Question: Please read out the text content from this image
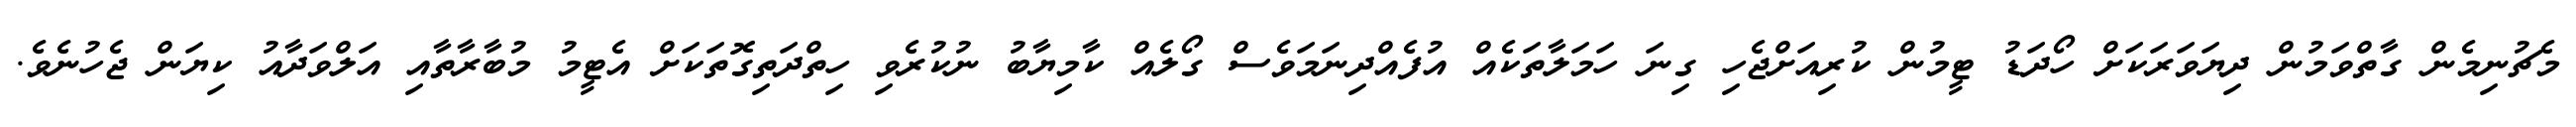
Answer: މެޗުނިމެން ގާތްވަމުން ދިޔަވަރަކަށް ހޯދަޑު ޓީމުން ކުރިއަށްޖެހި ގިނަ ހަމަލާތަކެއް އުފެއްދިނަމަވެސް ގޯލެއް ކާމިޔާބު ނުކުރެވި ހިތްދަތިގޮތަކަށް އެޓީމު މުބާރާތާއި އަލްވަދާއު ކިޔަން ޖެހުނެވެ.